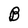
Character: B